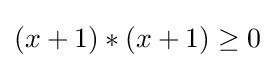
(x+1)*(x+1)\geq 0